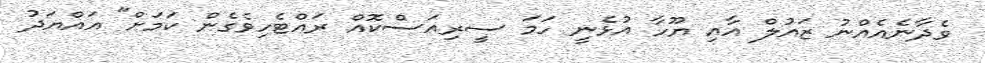
ވެދާނެއެއްނު ޒައުލް އާއި ޔޫހާ އުޅެނީ ހަމަ ސީރިއަސްކޮއް ރައްޓެހިވެގެން ކަމަށް" އައްޔަދު